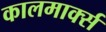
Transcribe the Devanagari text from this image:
कालमार्क्स